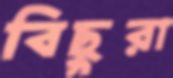
বিছুরা